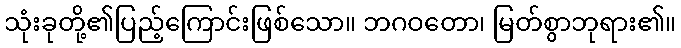
သုံးခုတို့၏ပြည့်ကြောင်းဖြစ်သော။ ဘဂဝတော၊ မြတ်စွာဘုရား၏။